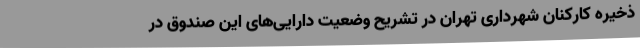
ذخیره کارکنان شهرداری تهران در تشریح وضعیت دارایی‌های این صندوق در